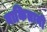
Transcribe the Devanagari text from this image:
वाकितानी